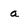
Character: a